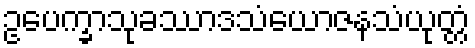
ဥပေက္ခာသုခဿာဒသံယောဇနသံယုတ္တံ